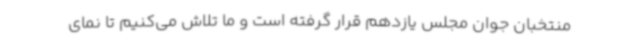
منتخبان جوان مجلس یازدهم قرار گرفته است و ما تلاش می‌کنیم تا نمای